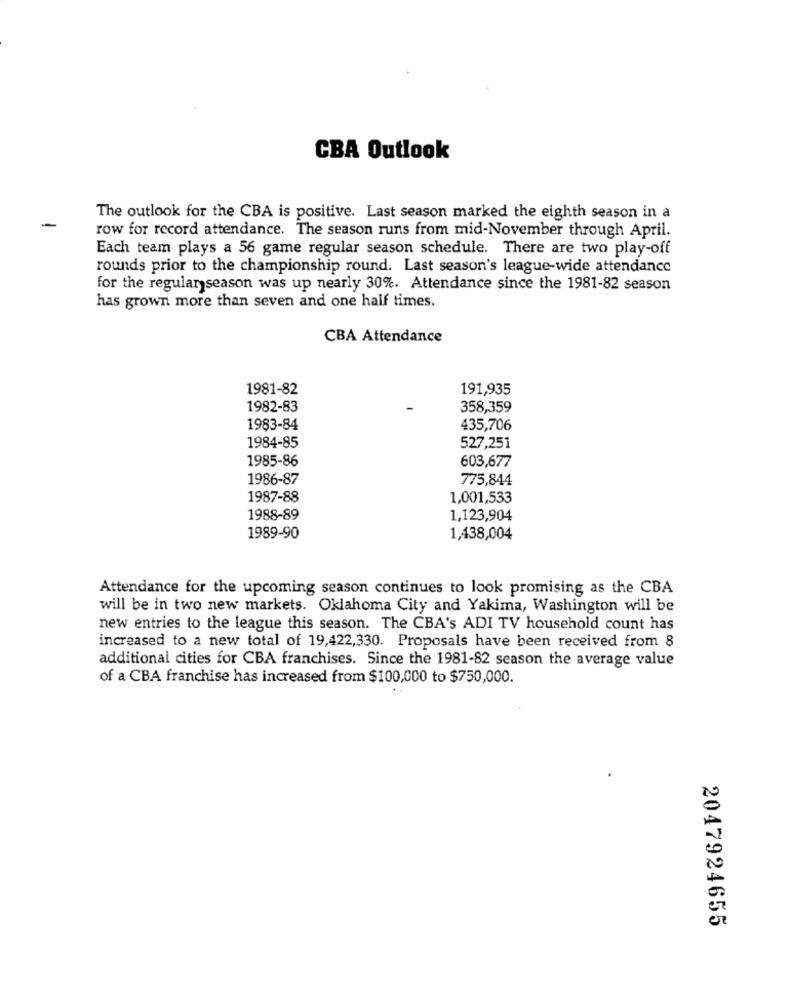
CBA Outlook
The outlook for the CBA is positive. Last season marked the eighth season in a
row for record attendance. The season runs from mid-November through April.
Each team plays a 56 game regular season schedule. There are two play-off
rounds prior to the championship round. Last season's league-wide attendance
for the regular season was up nearly 30%. Attendance since the 1981-82 season
has grown more than seven and one half times.
CBA Attendance
1981-82
191,935
1982-83
358,359
1983-84
435,706
1984-85
527,251
1985-86
603,677
1986-87
775,844
1987-88
1,001,533
1988-89
1,123,904
1989-90
1,438,004
Attendance for the upcoming season continues to look promising as the CBA
will be in two new markets. Oklahoma City and Yakima, Washington will be
new entries to the league this season. The CBA's ADI TV household count has
increased to a new total of 19,422,330. Proposals have been received from 8
additional cities for CBA franchises. Since the 1981-82 season the average value
of a CBA franchise has increased from $100,000 to $750,000.
2047924655